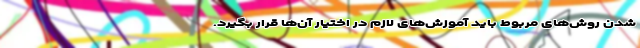
شدن روش‌های مربوط باید آموزش‌های لازم در اختیار آن‌ها قرار بگیرد.